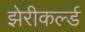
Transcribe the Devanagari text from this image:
झेरीकर्ल्ड